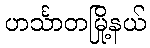
ဟင်္သာတမြို့နယ်